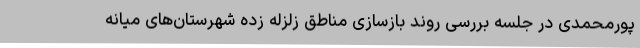
پورمحمدی در جلسه بررسی روند بازسازی مناطق زلزله زده شهرستان‌های میانه